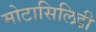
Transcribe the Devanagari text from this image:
मोटासिलिडी